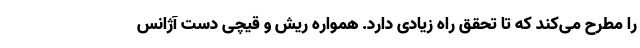
را مطرح می‌کند که تا تحقق راه زیادی دارد. همواره ریش و قیچی دست آژانس